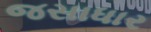
જસાધાર